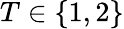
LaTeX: T\in\{ 1,2\}